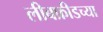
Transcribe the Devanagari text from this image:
लीबफ्रीडच्या